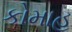
કોમાહ